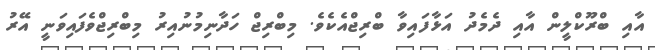
އާއި ބްރޫކްލީން އާއި ދެމެދު އަޅާފައިވާ ބްރިޖްއެކެވެ. މިބްރިޖް ހަދާނިމުނުއިރު މިބްރިޖްވެފައިވަނީ އޭރު